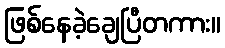
ဖြစ်နေခဲ့ချေပြီတကား။